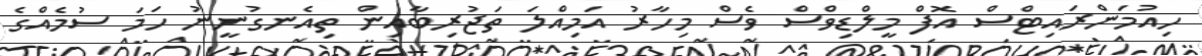
ހިއުމަންރައިޓްސް އޮފް މީލްޑިވްސް ވެސް މިހާރު އަމިއްލަ ތަޖުރިބާއިން ތިއެނގުނީނު ހަމަ ސުމެއްގެ